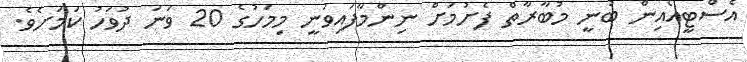
އެސްޓީއޯއިން ބުނީ މުބާރާތް ފެށުމަށް ނިންމާފައިވަނީ މިމަހުގެ 20 ވަނަ ދުވަހު ކަމަށެވެ.